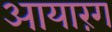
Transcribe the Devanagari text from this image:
आयारंग